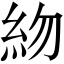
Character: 𥾸